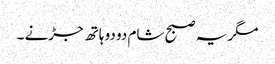
مگر یہ صبح شام دو دو ہاتھ جڑنے ۔